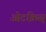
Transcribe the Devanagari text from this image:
ओटक्रिस्